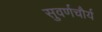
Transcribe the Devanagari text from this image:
सुवर्णचौर्य